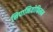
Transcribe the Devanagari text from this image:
निपानियोफिलम